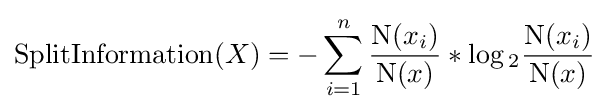
{\text{SplitInformation}}(X)=-\sum _{i=1}^{n}{{\frac {\mathrm {N} (x_{i})}{\mathrm {N} (x)}}*\log {_{2}}{\frac {\mathrm {N} (x_{i})}{\mathrm {N} (x)}}}